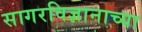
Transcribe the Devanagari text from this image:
सागरविज्ञानाच्या